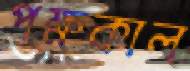
পক্ষকাল